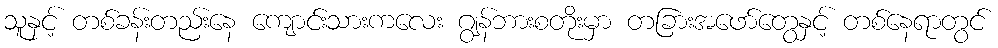
သူနှင့် တစ်ခန်းတည်းနေ ကျောင်းသားကလေး ဂျွန်ဘားစတိုးမှာ တခြားအဖော်တွေနှင့် တစ်နေရာတွင်